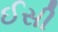
ઈસી